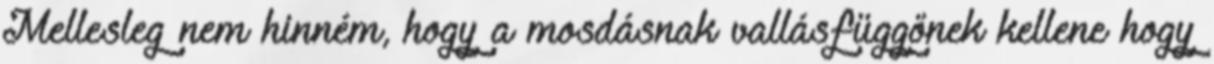
Mellesleg nem hinném, hogy a mosdásnak vallásfüggőnek kellene hogy